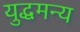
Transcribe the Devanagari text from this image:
युद्धमन्य